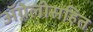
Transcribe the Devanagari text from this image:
ॲग्नेलीसहित